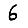
Digit: 6